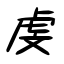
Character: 虔